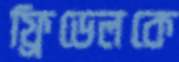
ফ্রিডেলকে